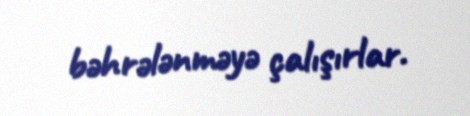
bəhrələnməyə çalışırlar.